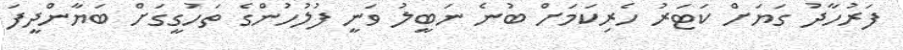
ފަރުހާދު ގަޔަށް ކަޓަރު ހެރިކަމަށް ބުނެ ނަބީލު ވަނީ ފުލުހުންގެ ތަހުގީގަށް ބަޔާންދީފަ